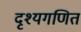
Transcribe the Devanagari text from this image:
दृश्यगणित